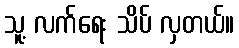
သူ့ လက်ရေး သိပ် လှတယ်။